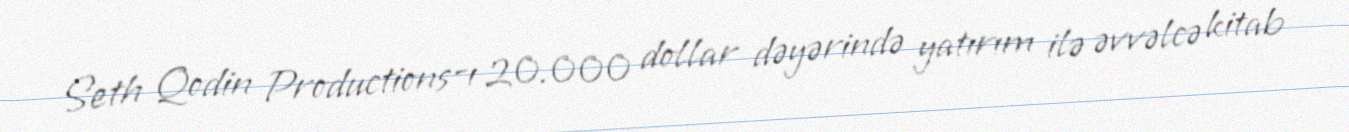
Seth Qodin Productions-ı 20.000 dollar dəyərində yatırım ilə əvvəlcə kitab